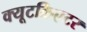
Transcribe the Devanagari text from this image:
क्यूटक्रिएटर